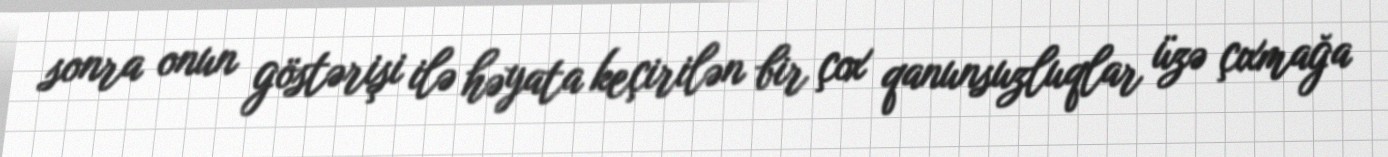
sonra onun göstərişi ilə həyata keçirilən bir çox qanunsuzluqlar üzə çıxmağa